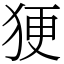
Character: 㹴